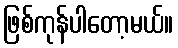
ဖြစ်ကုန်ပါတော့မယ်။